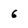
Character: 6